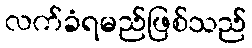
လက်ခံရမည်ဖြစ်သည်